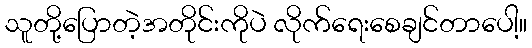
သူတို့ပြောတဲ့အတိုင်းကိုပဲ လိုက်ရေးစေချင်တာပေါ့။